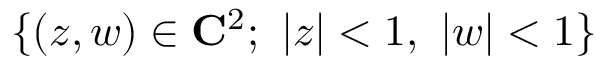
\{ ( z , w ) \in \mathbf { C } ^ { 2 } ; ~ | z | < 1 , ~ | w | < 1 \}